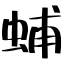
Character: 蜅